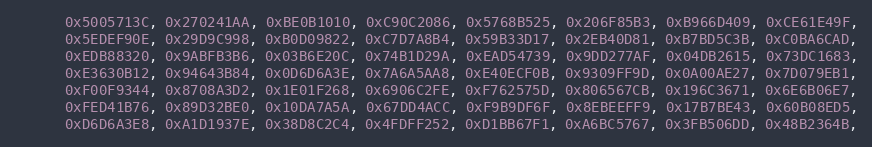
Language: C
      0x5005713C, 0x270241AA, 0xBE0B1010, 0xC90C2086, 0x5768B525, 0x206F85B3, 0xB966D409, 0xCE61E49F,
      0x5EDEF90E, 0x29D9C998, 0xB0D09822, 0xC7D7A8B4, 0x59B33D17, 0x2EB40D81, 0xB7BD5C3B, 0xC0BA6CAD,
      0xEDB88320, 0x9ABFB3B6, 0x03B6E20C, 0x74B1D29A, 0xEAD54739, 0x9DD277AF, 0x04DB2615, 0x73DC1683,
      0xE3630B12, 0x94643B84, 0x0D6D6A3E, 0x7A6A5AA8, 0xE40ECF0B, 0x9309FF9D, 0x0A00AE27, 0x7D079EB1,
      0xF00F9344, 0x8708A3D2, 0x1E01F268, 0x6906C2FE, 0xF762575D, 0x806567CB, 0x196C3671, 0x6E6B06E7,
      0xFED41B76, 0x89D32BE0, 0x10DA7A5A, 0x67DD4ACC, 0xF9B9DF6F, 0x8EBEEFF9, 0x17B7BE43, 0x60B08ED5,
      0xD6D6A3E8, 0xA1D1937E, 0x38D8C2C4, 0x4FDFF252, 0xD1BB67F1, 0xA6BC5767, 0x3FB506DD, 0x48B2364B,